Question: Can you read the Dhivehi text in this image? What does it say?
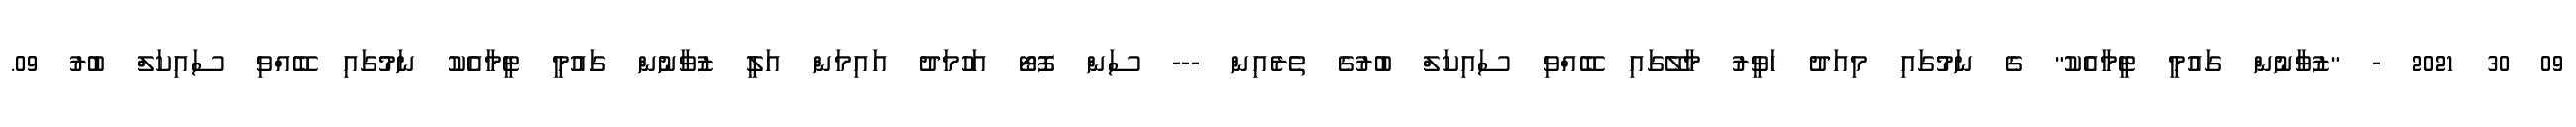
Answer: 09 30 2021 - "ޒުވާނުން ގައުމީ ޓީމާއެކު" ގެ ނަމުގައި މިއަދު ހަވީރު މާލޭގައި ބޭއްވި ސައިކަލް ބުރުގެ ތެރެއިން --- ސަން ފޮޓޯ އަހުމަދު އައިމަން އަލީ ޒުވާނުން ގައުމީ ޓީމާއެކު ނަމުގައި ބޭއްވި ސައިކަލް ބުރު 09.